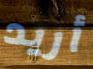
أريد